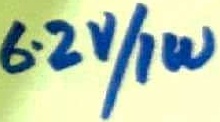
Text: 6.2V/1W